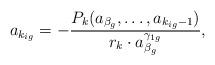
LaTeX: \begin{align*}a_{k_{ig}}=-\frac{P_k(a_{\beta_g},\ldots ,a_{k_{ig}-1})}{r_k \cdot a_{\beta_g}^{\gamma_{1g}}},\end{align*}